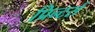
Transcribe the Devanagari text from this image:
प्रिन्टर्स